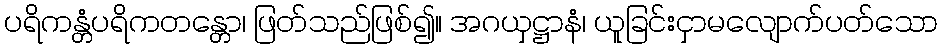
ပရိကန္တံပရိကတန္တော၊ ဖြတ်သည်ဖြစ်၍။ အဂယှဋ္ဌာနံ၊ ယူခြင်းငှာမလျောက်ပတ်သော